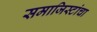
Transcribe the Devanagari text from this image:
समाजिस्टांचा